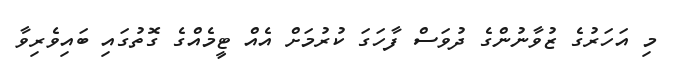
މި އަހަރުގެ ޒުވާނުންގެ ދުވަސް ފާހަގަ ކުރުމަށް އެއް ޓީމެއްގެ ގޮތުގައި ބައިވެރިވާ